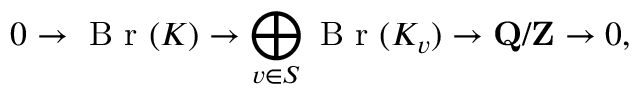
0 \rightarrow { \textrm { B r } } ( K ) \rightarrow \bigoplus _ { v \in S } { \textrm { B r } } ( K _ { v } ) \rightarrow \mathbf { Q } / \mathbf { Z } \rightarrow 0 ,